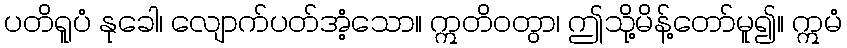
ပတိရူပံ နုခေါ၊ လျောက်ပတ်အံ့သော။ ဣတိဝတွာ၊ ဤသို့မိန့်တော်မူ၍။ ဣမံ